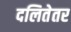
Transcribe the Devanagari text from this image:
दलितेतर